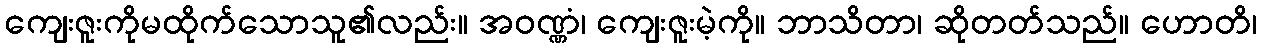
ကျေးဇူးကိုမထိုက်သောသူ၏လည်း။ အဝဏ္ဏံ၊ ကျေးဇူးမဲ့ကို။ ဘာသိတာ၊ ဆိုတတ်သည်။ ဟောတိ၊